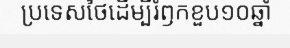
ប្រទេសថៃដើម្បីរំឭកខួប១០ឆ្នាំ